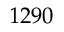
1 2 9 0